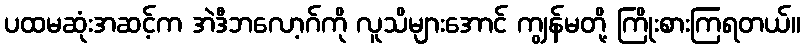
ပထမဆုံးအဆင့်က အဲဒီဘလော့ဂ်ကို လူသိများအောင် ကျွန်မတို့ ကြိုးစားကြရတယ်။